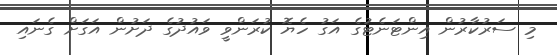
މި ސަރުކާރުން އިންޓަނެޓުގެ އަގު ހެޔޮ ކުރަންވީ ވައުދުގެ ދަށުން އަގަށް ގެނައި